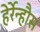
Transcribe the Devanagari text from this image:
हेर्रेन्हौस